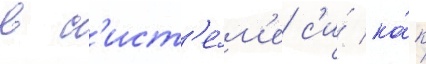
в с'ист'е́м'е с'и́ ка́к